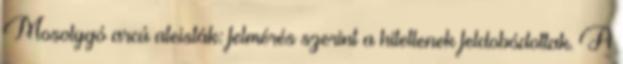
Mosolygó arcú ateisták: felmérés szerint a hitetlenek feldobódottak. A